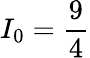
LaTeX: I_{0}=\frac{9}{4}